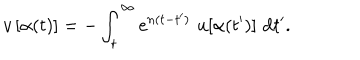
v \, [ \alpha ( t ) ] = - \int _ { t } ^ { \infty } \mathrm { e } ^ { n ( t - t ^ { \prime } ) } \, \, u [ \alpha ( t ^ { \prime } ) ] \, \, \mathrm { d } t ^ { \prime } .